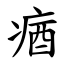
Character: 㾞